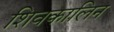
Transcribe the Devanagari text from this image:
शिवकालिन